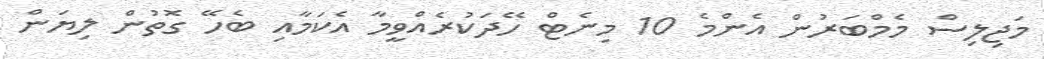
މަޖިލިސް މެމްބަރުން އެންމެ 10 މިނެޓް ހޭދަކުރެއްވީމާ އެކަމާއި ބެހޭ ގޮތުން ލިޔަން